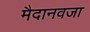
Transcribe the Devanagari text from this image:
मैदानवजा